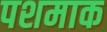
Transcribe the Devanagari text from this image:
पशमाक